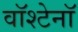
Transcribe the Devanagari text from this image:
वॉश्टेनॉ